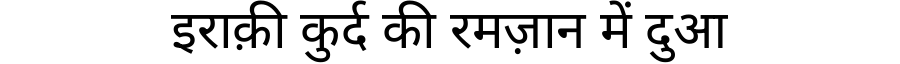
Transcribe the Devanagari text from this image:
इराक़ी कुर्द की रमज़ान में दुआ